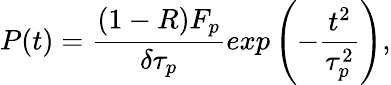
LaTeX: P(t)=\frac{(1-R)F_{p}}{\delta\tau_{p}}exp\left(-\frac{t^{2}}{\tau_{p}^{2}}\right),